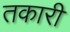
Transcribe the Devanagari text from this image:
तकारी